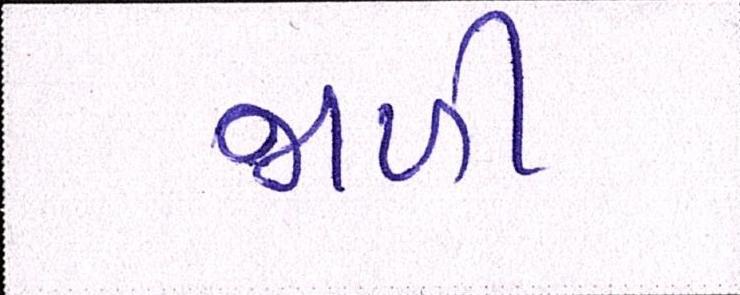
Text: જાળી